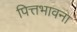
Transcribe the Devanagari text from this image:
पित्तभावना